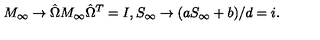
M _ { \infty } \to \hat { \Omega } M _ { \infty } \hat { \Omega } ^ { T } = I , S _ { \infty } \to ( a S _ { \infty } + b ) / d = i .